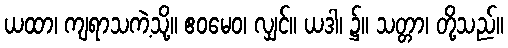
ယထာ၊ ကျရာသကဲ့သို့။ ဧဝမေဝ၊ လျှင်။ ယဒါ၊ ၌။ သတ္တာ၊ တို့သည်။